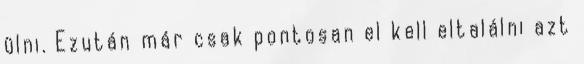
ülni. Ezután már csak pontosan el kell eltalálni azt